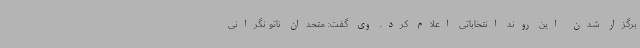
برگزار شدن این روند انتخاباتی اعلام کرد. وی گفت: متحدان ناتو نگرانی